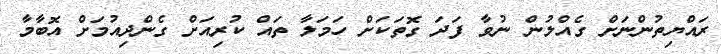
ރައްޔިތުންނަށް ގެއްލުން ނުވާ ފަދަ ގޮތަކަށް ހަމަލާ ތައް ކުރިއަށް ގެންދިއުމަށް އޮބާމާ